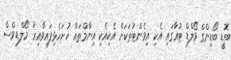
ބޮޑީ ބޯޑިންގް ވޯލްޑް ޓުއާގައި އެކި އިވެންޓުތަކަށް އެކިއެކި އިނާމްތައް ހުށަހެޅިފައިވާއިރު 'މޯލްޑިވްސް